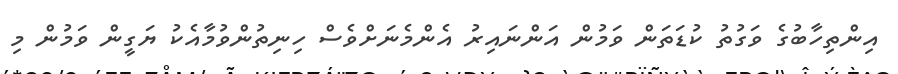
އިންތިހާބުގެ ވަގުތު ކުޑަތަން ވަމުން އަންނައިރު އެންމެނަށްވެސް ހިނިތުންވުމާއެކު ޔަގީން ވަމުން މި